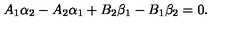
A _ { 1 } \alpha _ { 2 } - A _ { 2 } \alpha _ { 1 } + B _ { 2 } \beta _ { 1 } - B _ { 1 } \beta _ { 2 } = 0 .